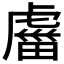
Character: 𧇕